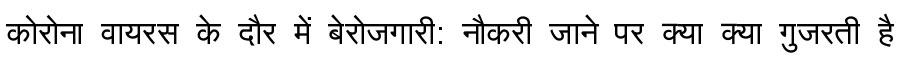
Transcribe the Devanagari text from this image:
कोरोना वायरस के दौर में बेरोजगारी: नौकरी जाने पर क्या क्या गुजरती है